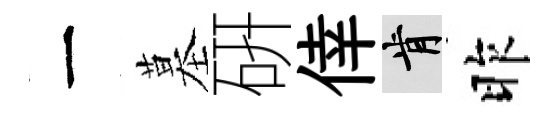
一墓硏倖肯昨